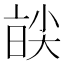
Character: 𡙑